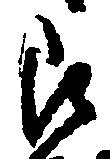
即